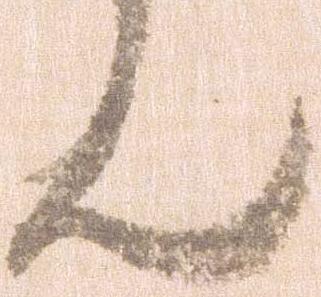
ん